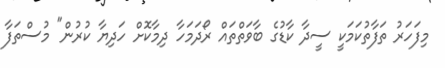
މިފަހަރު ތަފާތުކަމަކީ ސީދާ ކާޑުގެ ބާވަތްތައް ރޯދަމަހާ ދިމާކޮށް ހަދިޔާ ކުރުން" މުސްތަފާ